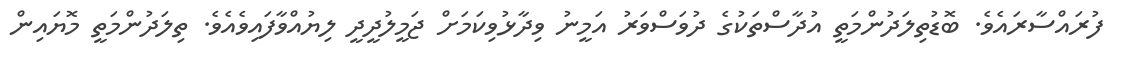
ފުރައްސާރައެވެ. ބޮޑުތިލަދުންމަތީ އުދާސްތަކުގެ ދުވަސްވަރު އަމީނު ވިދާޅުވިކަމަށް ޖަމީލުދީދީ ލިޔުއްވާފައިވެއެވެ. ތިލަދުންމަތީ މޮޔައިން